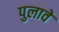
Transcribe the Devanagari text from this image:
पुलावे